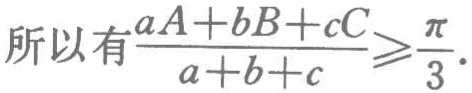
所以有\frac{aA + bB + cC}{a + b + c} \geqslant \frac{\pi}{3}.